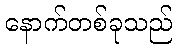
နောက်တစ်ခုသည်